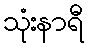
သုံးနာရီ